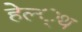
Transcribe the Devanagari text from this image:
हेल्‍्थ